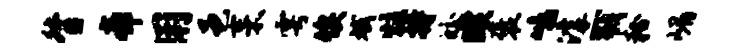
督帝用邑耒雩俟斌炷持皎暌褒鸣滹戮粉嵋